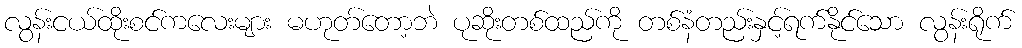
လွန်းငယ်ထိုးစင်ကလေးများ မဟုတ်တော့ဘဲ ပုဆိုးတစ်ထည်ကို တစ်နံတည်းနှင့်ရက်နိုင်သော လွန်းရိုက်